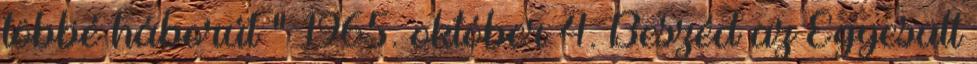
többé háborút ” 1965. október 4. Beszéd az Egyesült